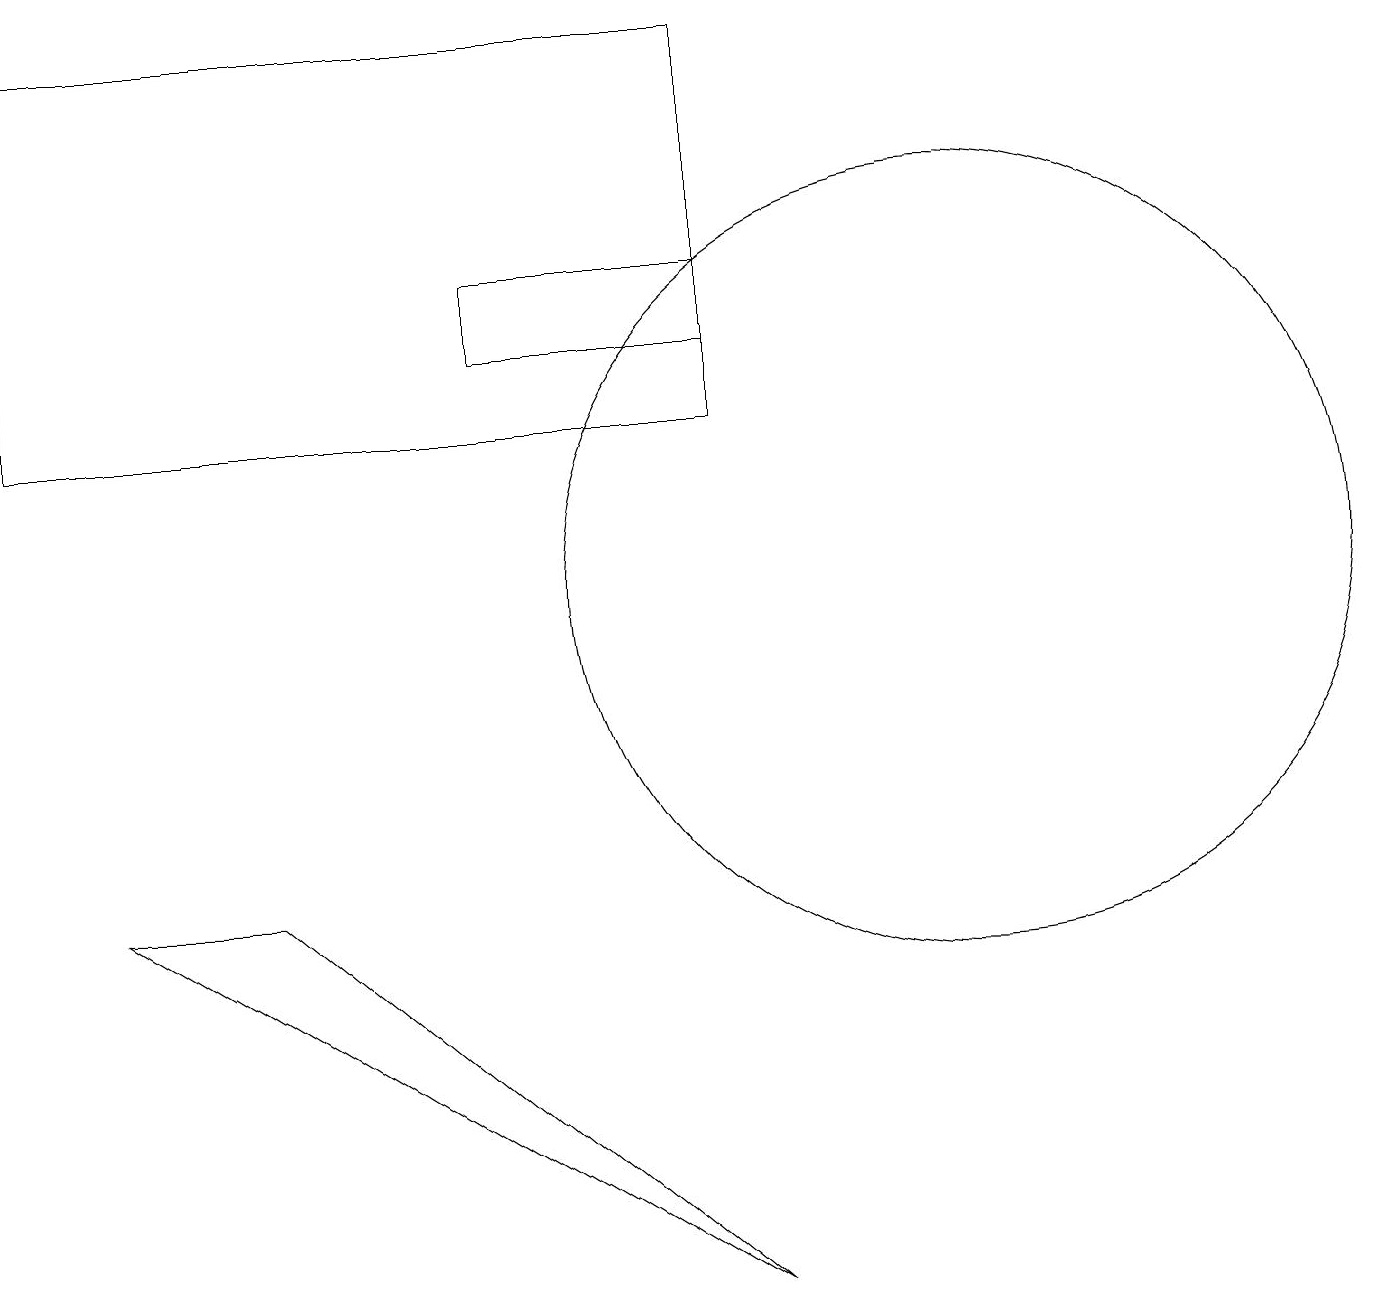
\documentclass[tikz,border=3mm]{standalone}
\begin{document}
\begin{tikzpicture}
\draw (9,14) rectangle (0,19);
\draw (12,12) circle (5);
\draw (6,15) rectangle (9,16);
\draw (3,8) -- (9,3) -- (1,8) -- cycle;
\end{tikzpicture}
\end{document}